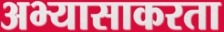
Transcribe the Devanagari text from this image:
अभ्यासाकरता